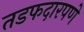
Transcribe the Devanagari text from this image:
तडफदारपणे